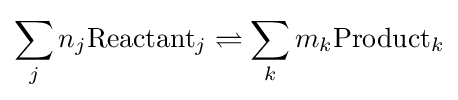
\sum _{j}n_{j}\mathrm {Reactant} _{j}\rightleftharpoons \sum _{k}m_{k}\mathrm {Product} _{k}